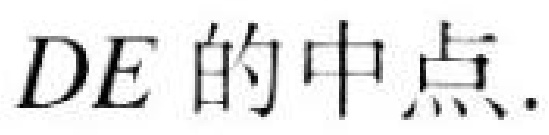
\(DE\)的中点.